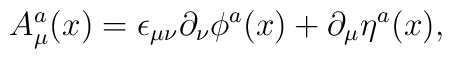
A_\mu^a(x)=\epsilon_{\mu\nu}\partial_{\nu}\phi^a(x)+ \partial_\mu\eta^a(x),